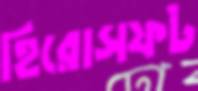
হিরোসফট